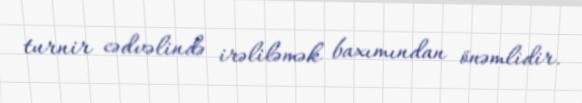
turnir cədvəlində irəliləmək baxımından önəmlidir.